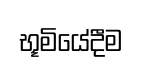
භූමියේදීම